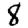
Digit: 8